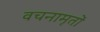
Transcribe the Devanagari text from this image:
वचनामृतों